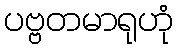
ပဗ္ဗတမာရုဟုံ